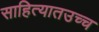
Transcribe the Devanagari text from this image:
साहित्यातउच्च